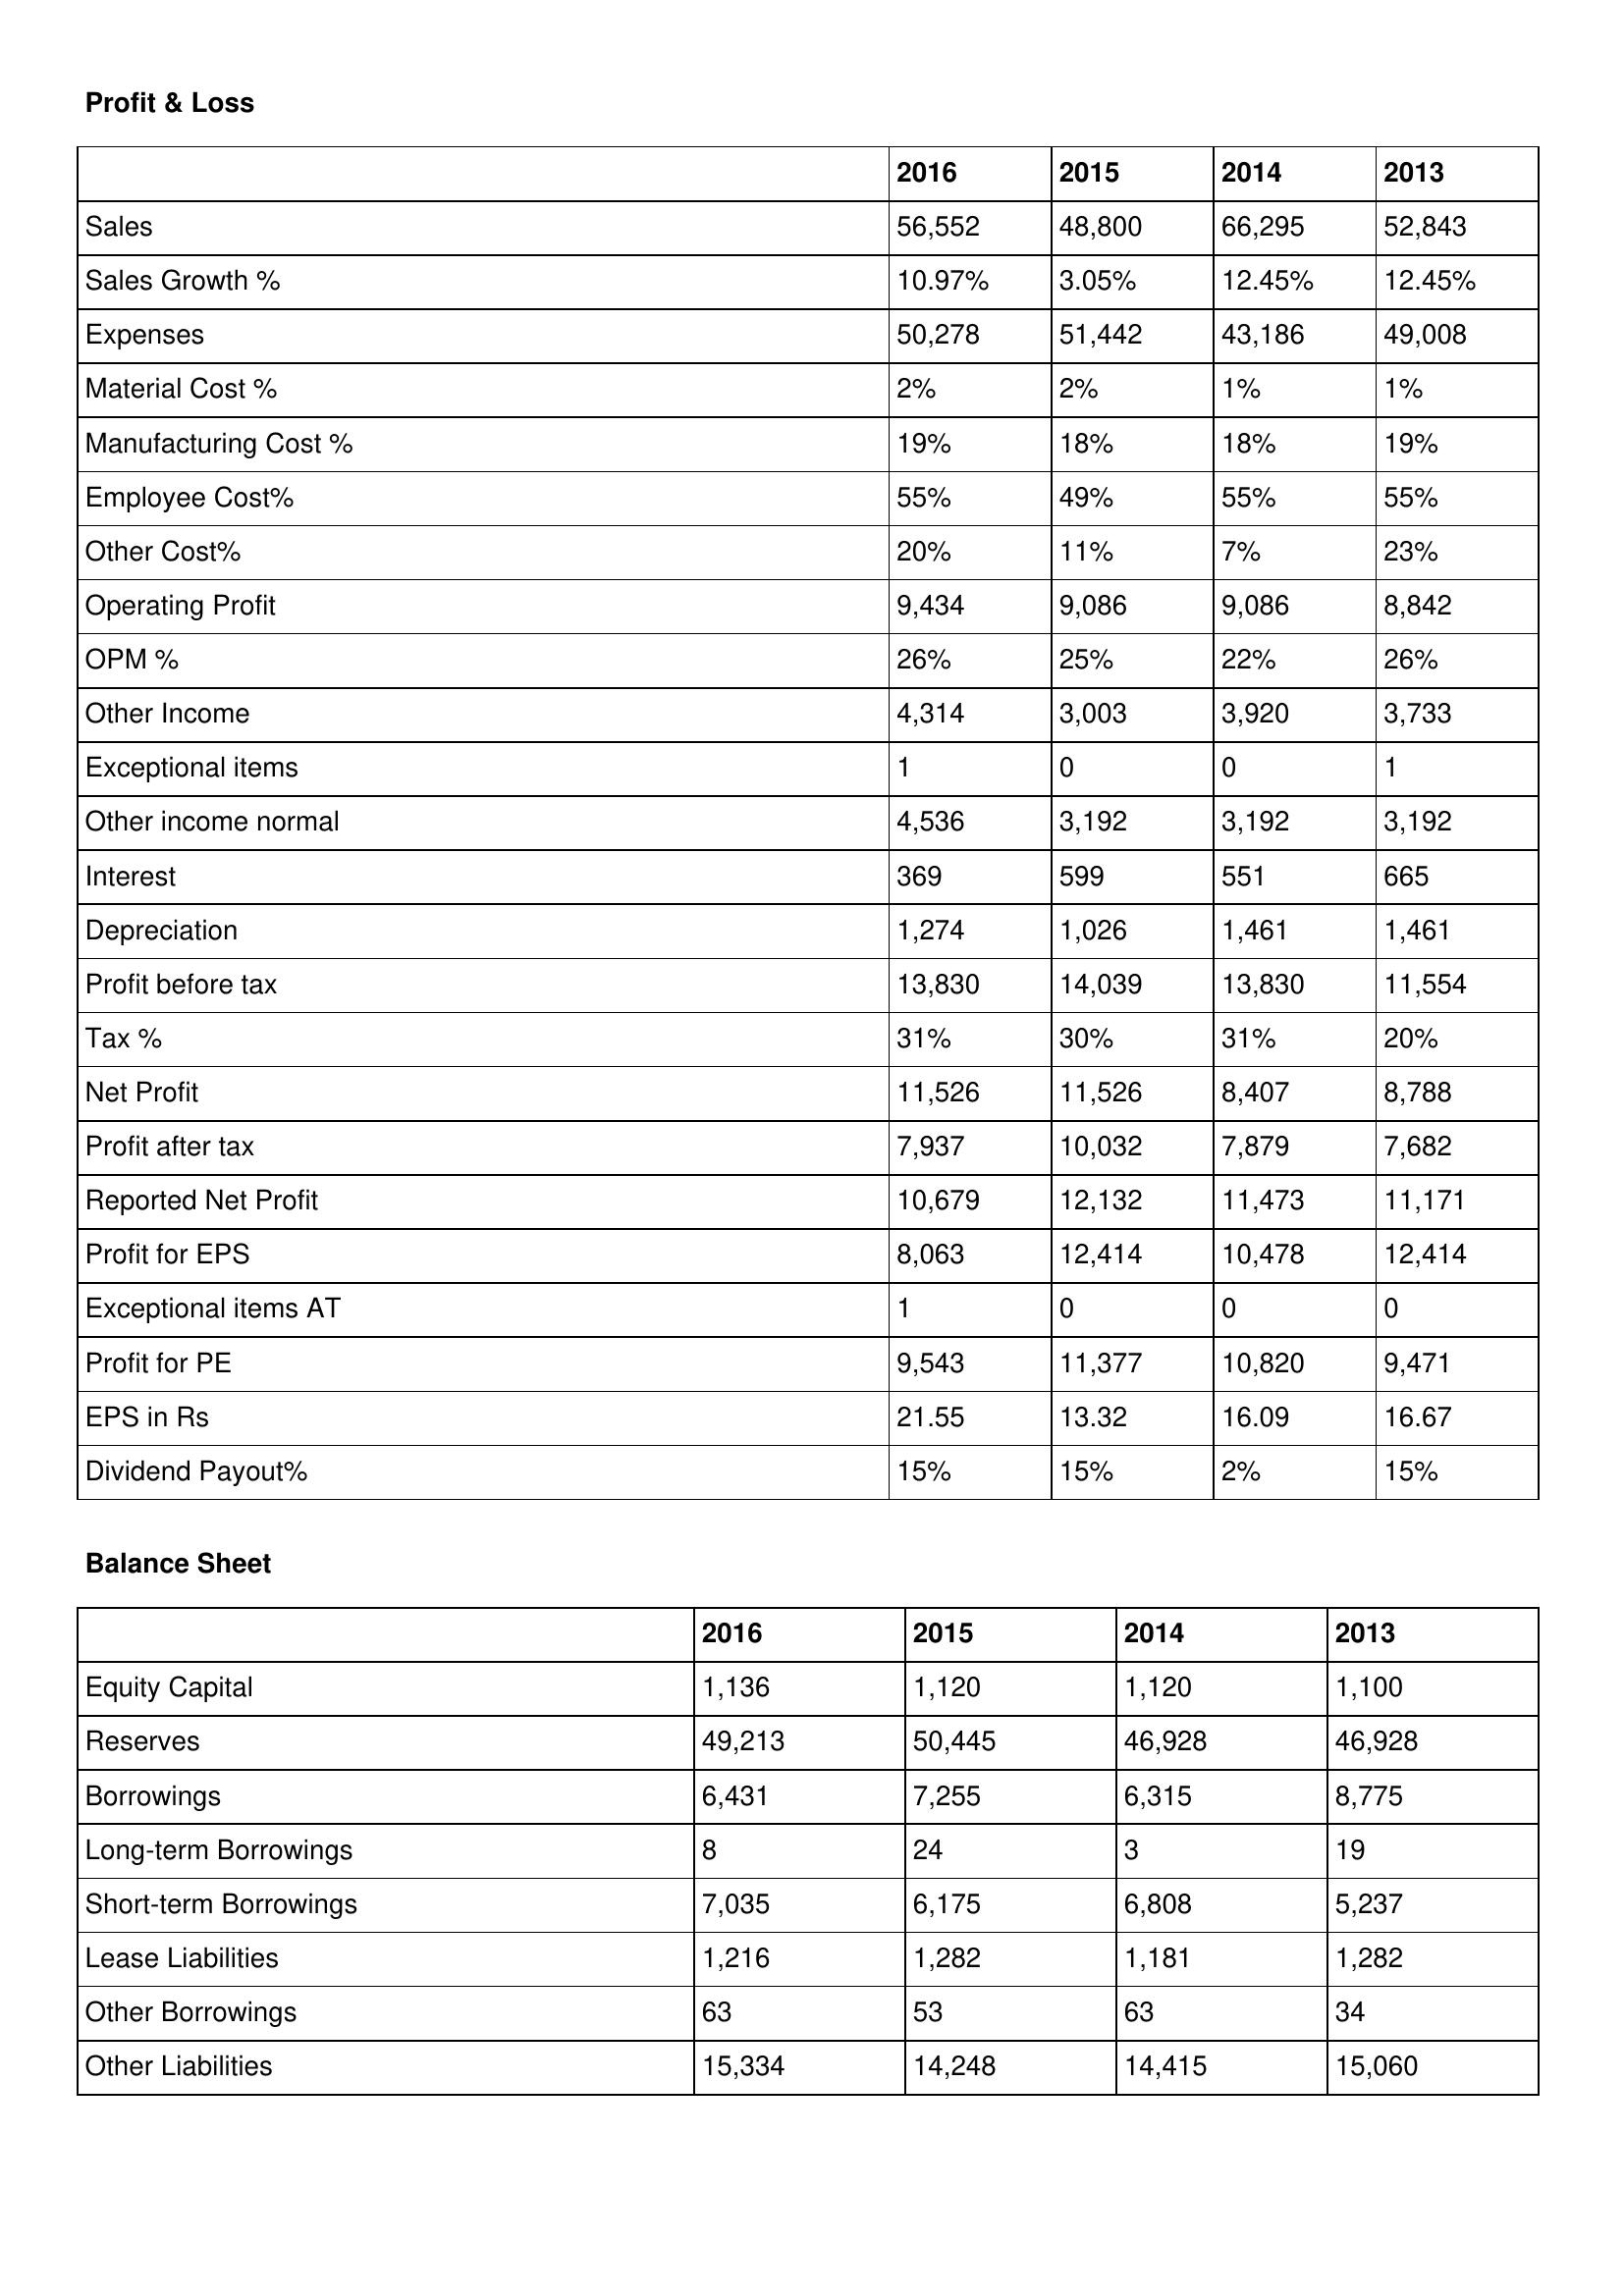
gt_parse: 2016: Profit & Loss: Sales: 56,552
Sales Growth %: 10.97%
Expenses: 50,278
Material Cost %: 2%
Manufacturing Cost %: 19%
Employee Cost%: 55%
Other Cost%: 20%
Operating Profit: 9,434
OPM %: 26%
Other Income: 4,314
Exceptional items: 1
Other income normal: 4,536
Interest: 369
Depreciation: 1,274
Profit before tax: 13,830
Tax %: 31%
Net Profit: 11,526
Profit after tax: 7,937
Reported Net Profit: 10,679
Profit for EPS: 8,063
Exceptional items AT: 1
Profit for PE: 9,543
EPS in Rs: 21.55
Dividend Payout%: 15%
Balance Sheet: Equity Capital: 1,136
Reserves: 49,213
Borrowings: 6,431
Long-term Borrowings: 8
Short-term Borrowings: 7,035
Lease Liabilities: 1,216
Other Borrowings: 63
Other Liabilities: 15,334
2015: Profit & Loss: Sales: 48,800
Sales Growth %: 3.05%
Expenses: 51,442
Material Cost %: 2%
Manufacturing Cost %: 18%
Employee Cost%: 49%
Other Cost%: 11%
Operating Profit: 9,086
OPM %: 25%
Other Income: 3,003
Exceptional items: 0
Other income normal: 3,192
Interest: 599
Depreciation: 1,026
Profit before tax: 14,039
Tax %: 30%
Net Profit: 11,526
Profit after tax: 10,032
Reported Net Profit: 12,132
Profit for EPS: 12,414
Exceptional items AT: 0
Profit for PE: 11,377
EPS in Rs: 13.32
Dividend Payout%: 15%
Balance Sheet: Equity Capital: 1,120
Reserves: 50,445
Borrowings: 7,255
Long-term Borrowings: 24
Short-term Borrowings: 6,175
Lease Liabilities: 1,282
Other Borrowings: 53
Other Liabilities: 14,248
2014: Profit & Loss: Sales: 66,295
Sales Growth %: 12.45%
Expenses: 43,186
Material Cost %: 1%
Manufacturing Cost %: 18%
Employee Cost%: 55%
Other Cost%: 7%
Operating Profit: 9,086
OPM %: 22%
Other Income: 3,920
Exceptional items: 0
Other income normal: 3,192
Interest: 551
Depreciation: 1,461
Profit before tax: 13,830
Tax %: 31%
Net Profit: 8,407
Profit after tax: 7,879
Reported Net Profit: 11,473
Profit for EPS: 10,478
Exceptional items AT: 0
Profit for PE: 10,820
EPS in Rs: 16.09
Dividend Payout%: 2%
Balance Sheet: Equity Capital: 1,120
Reserves: 46,928
Borrowings: 6,315
Long-term Borrowings: 3
Short-term Borrowings: 6,808
Lease Liabilities: 1,181
Other Borrowings: 63
Other Liabilities: 14,415
2013: Profit & Loss: Sales: 52,843
Sales Growth %: 12.45%
Expenses: 49,008
Material Cost %: 1%
Manufacturing Cost %: 19%
Employee Cost%: 55%
Other Cost%: 23%
Operating Profit: 8,842
OPM %: 26%
Other Income: 3,733
Exceptional items: 1
Other income normal: 3,192
Interest: 665
Depreciation: 1,461
Profit before tax: 11,554
Tax %: 20%
Net Profit: 8,788
Profit after tax: 7,682
Reported Net Profit: 11,171
Profit for EPS: 12,414
Exceptional items AT: 0
Profit for PE: 9,471
EPS in Rs: 16.67
Dividend Payout%: 15%
Balance Sheet: Equity Capital: 1,100
Reserves: 46,928
Borrowings: 8,775
Long-term Borrowings: 19
Short-term Borrowings: 5,237
Lease Liabilities: 1,282
Other Borrowings: 34
Other Liabilities: 15,060